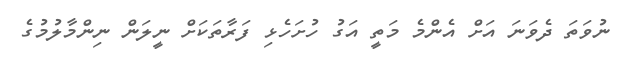
ނުވަތަ ދެވަނަ އަށް އެންމެ މަތީ އަގު ހުށަހެޅި ފަރާތަކަށް ނީލަން ނިންމާލުމުގެ